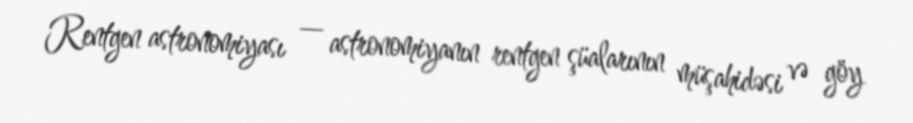
Rentgen astronomiyası — astronomiyanın rentgen şüalarının müşahidəsi və göy